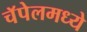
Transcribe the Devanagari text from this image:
चॅपेलमध्ये